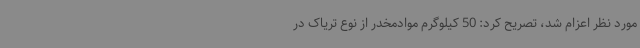
مورد نظر اعزام شد، تصریح کرد: 50 کیلوگرم موادمخدر از نوع تریاک در